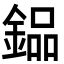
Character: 𨩗